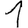
Digit: 1